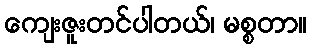
ကျေးဇူးတင်ပါတယ်၊ မစ္စတာ။